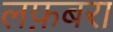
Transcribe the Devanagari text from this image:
लफ़बरा